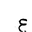
Letter: _ayn